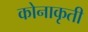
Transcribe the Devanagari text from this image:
कोनाकृती